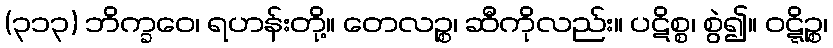
(၃၁၃) ဘိက္ခဝေ၊ ရဟန်းတို့။ တေလဉ္စ၊ ဆီကိုလည်း။ ပဋိစ္စ၊ စွဲ၍။ ဝဋ္ဋိဉ္စ၊